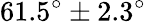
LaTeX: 61.5^{\circ}\pm 2.3^{\circ}